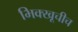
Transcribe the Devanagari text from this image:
भिक्खूचीच